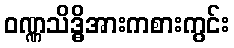
ဝဏ္ဏသိဒ္ဓိအားကစားကွင်း